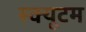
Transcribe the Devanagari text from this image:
स्क्यूटम